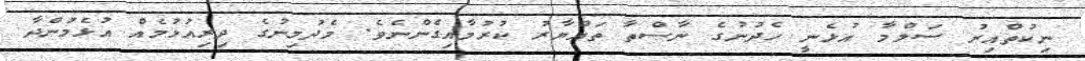
ނިކުތްއިރު ސަލްމާ އުޅެނީ ހެދުނުގެ ނާސްތާ ތައްޔާރު ކުރުމާއިގެންނެވެ. މެދުމިނުގެ ދިރިއުޅުމެއް އުޅެމުންދާ